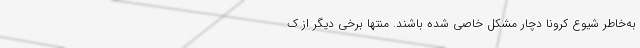
به‌خاطر شیوع کرونا دچار مشکل خاصی شده باشند. منتها برخی دیگر از ک